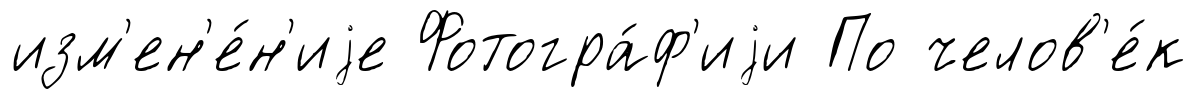
изм'ен'е́н'иjе Фотогра́ф'иjи По челов'е́к